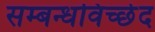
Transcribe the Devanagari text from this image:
सम्बन्धविच्छेद